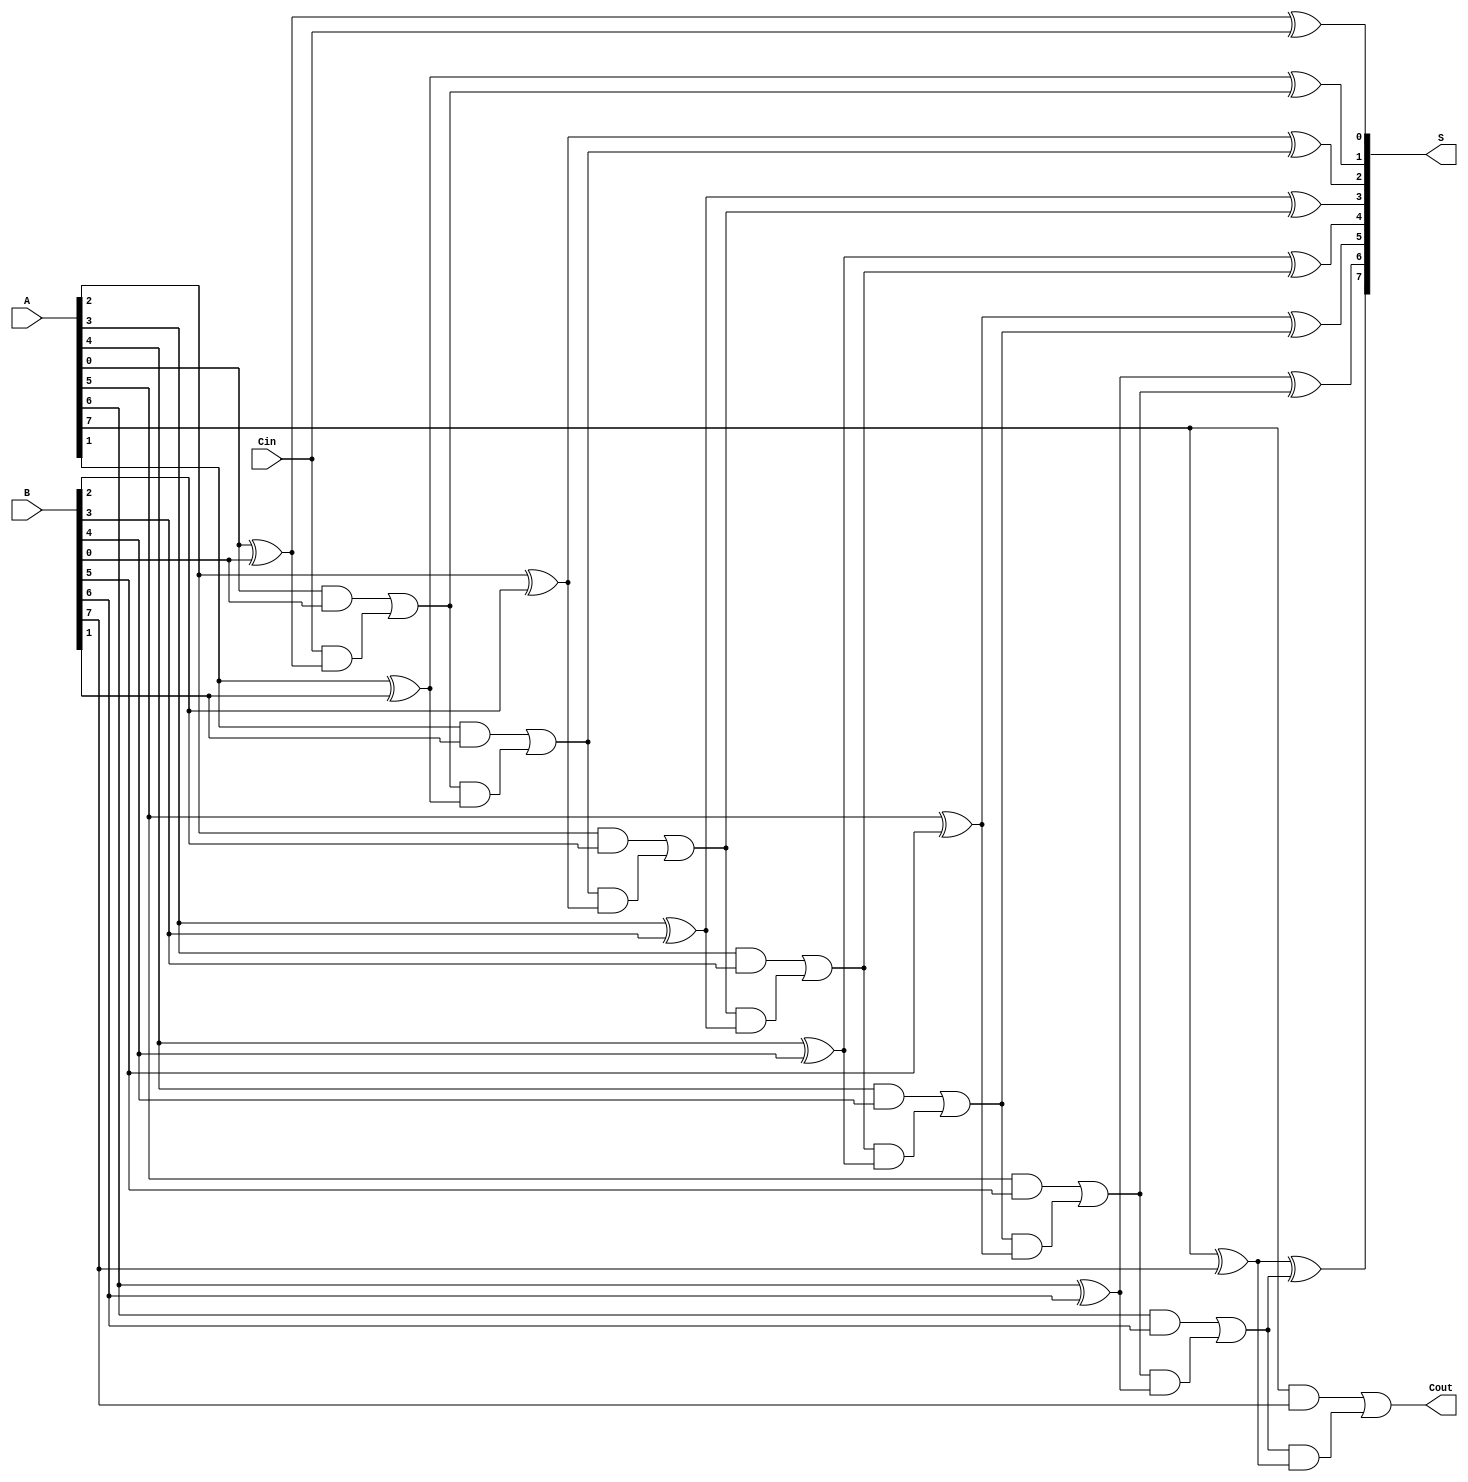
module ManchesterCarryChainAdder #(parameter N = 8) (
    input  wire [N-1:0] A,     // First n-bit number
    input  wire [N-1:0] B,     // Second n-bit number
    input  wire Cin,            // Input carry
    output wire [N-1:0] S,      // n-bit sum
    output wire Cout            // Output carry
);

    // Internal carry signals
    wire [N:0] C; // C[0] = Cin, C[1] to C[N] for carry propagation

    // Assign the initial carry
    assign C[0] = Cin;

    genvar i;
    generate
        for (i = 0; i < N; i = i + 1) begin : full_adder
            // Sum calculation using XOR
            assign S[i] = A[i] ^ B[i] ^ C[i];

            // Carry calculation using the Manchester carry chain logic
            assign C[i+1] = (A[i] & B[i]) | (C[i] & (A[i] ^ B[i]));
        end
    endgenerate

    // Final carry out
    assign Cout = C[N];

endmodule